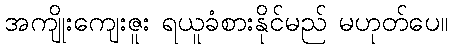
အကျိုးကျေးဇူး ရယူခံစားနိုင်မည် မဟုတ်ပေ။